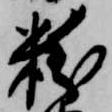
粉